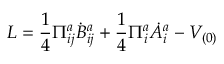
{ \cal L } = \frac { 1 } { 4 } \Pi _ { i j } ^ { a } \dot { B } _ { i j } ^ { a } + \frac { 1 } { 4 } \Pi _ { i } ^ { a } \dot { A } _ { i } ^ { a } - V _ { ( 0 ) }